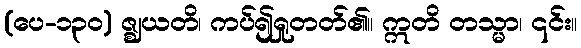
(ပေ-၁၃၀) ဇ္ဈယတိ၊ ကပ်၍ရှုတတ်၏။ ဣတိ တသ္မာ၊ ၎င်း။